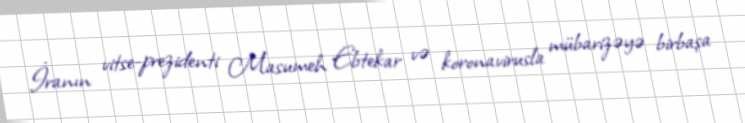
İranın vitse-prezidenti Masumeh Ebtekar və koronavirusla mübarizəyə birbaşa